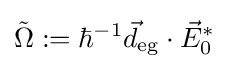
{\tilde {\Omega }}\mathrel {:=} \hbar ^{-1}{\vec {d}}_{\text{eg}}\cdot {\vec {E}}_{0}^{*}